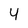
Character: Y